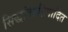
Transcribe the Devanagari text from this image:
सिद्धांतप्रतिपादित